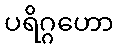
ပရိဂ္ဂဟော